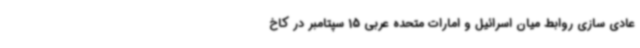
عادی سازی روابط میان اسرائیل و امارات متحده عربی 15 سپتامبر در کاخ